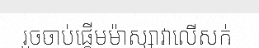
រួចចាប់ផ្តើមម៉ាស្សាវាលើសក់